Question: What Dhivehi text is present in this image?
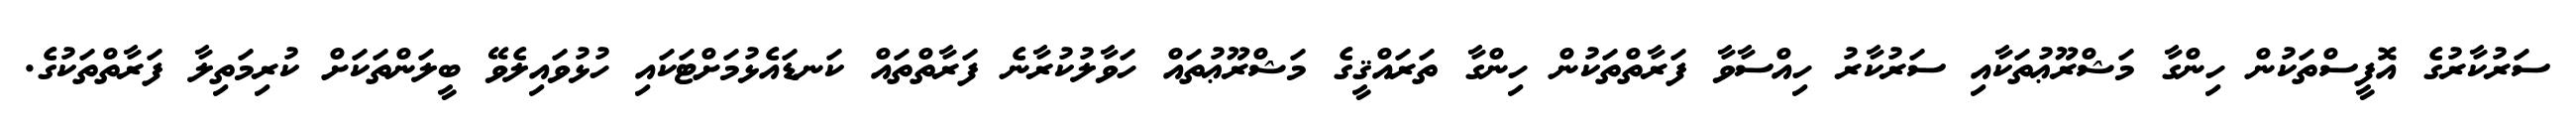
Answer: ސަރުކާރުގެ އޮފީސްތަކުން ހިންގާ މަޝްރޫޢުތަކާއި ސަރުކާރު ހިއްސާވާ ފަރާތްތަކުން ހިންގާ ތަރައްޤީގެ މަޝްރޫޢުތައް ހަވާލުކުރާނެ ފަރާތްތައް ކަނޑައެޅުމަށްޓަކައި ހުޅުވައިލެވޭ ބީލަންތަކަށް ކުރިމަތިލާ ފަރާތްތަކުގެ.